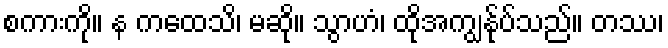
စကားကို။ န ကထေသိ၊ မဆို။ သွာဟံ၊ ထိုအကျွန်ုပ်သည်။ တဿ၊